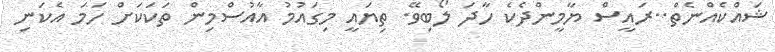
ޝައްކެއްނެތް..ރައީސް ޔާމީންދެކެ ހާދަ ލޯބިވޭ. ތިޔައީ މިގައުމު އާއުސްމިން ތަކަކަށް ހަމަ އެކަނި